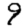
Digit: 9